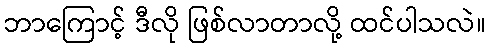
ဘာကြောင့် ဒီလို ဖြစ်လာတာလို့ ထင်ပါသလဲ။